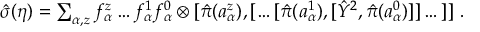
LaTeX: \textstyle \hat { \sigma } ( \eta ) = \sum _ { \alpha , z } f _ { \alpha } ^ { z } \dots f _ { \alpha } ^ { 1 } f _ { \alpha } ^ { 0 } \otimes [ \hat { \pi } ( a _ { \alpha } ^ { z } ) , [ \dots [ \hat { \pi } ( a _ { \alpha } ^ { 1 } ) , [ \hat { Y } ^ { 2 } , \hat { \pi } ( a _ { \alpha } ^ { 0 } ) ] ] \dots ] ] ~ .